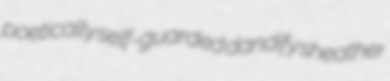
poetically self-guarded dandify sheather